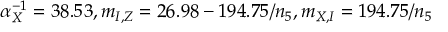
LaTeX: \alpha _ { X } ^ { - 1 } = 3 8 . 5 3 , m _ { I , Z } = 2 6 . 9 8 - 1 9 4 . 7 5 / n _ { 5 } , m _ { X , I } = 1 9 4 . 7 5 / n _ { 5 }